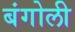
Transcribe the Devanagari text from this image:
बंगोली